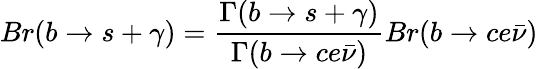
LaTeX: Br(b\rightarrow s+\gamma)=\frac{\Gamma(b\rightarrow s+\gamma)}{\Gamma(b\rightarrow ce\bar{\nu})}Br(b\rightarrow ce\bar{\nu})